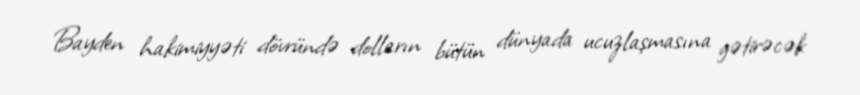
Bayden hakimiyyəti dövründə dolların bütün dünyada ucuzlaşmasına gətirəcək